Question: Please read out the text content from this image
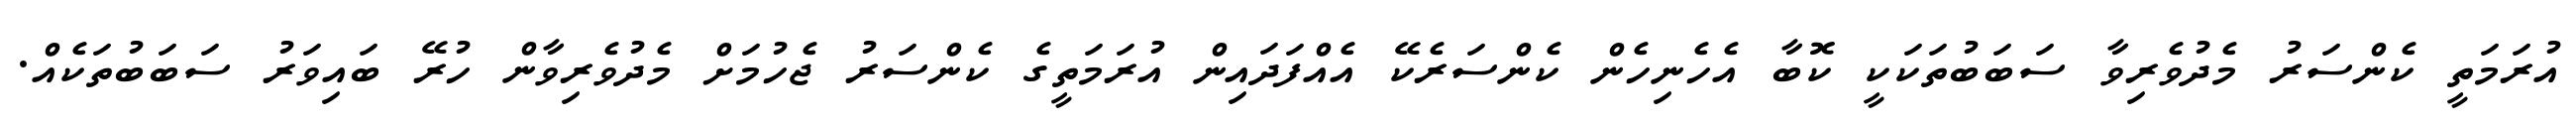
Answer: އުރަމަތީ ކެންސަރު މެދުވެރިވާ ސަބަބުތަކަކީ ކޮބާ އެހެނިހެން ކެންސަރެކޭ އެއްފަދައިން އުރަމަތީގެ ކެންސަރު ޖެހުމަށް މެދުވެރިވާން ހުރޭ ބައިވަރު ސަބަބުތަކެއް.